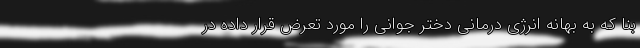
بنا که به بهانه انرژی درمانی دختر جوانی را مورد تعرض قرار داده در